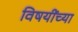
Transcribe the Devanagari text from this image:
विषयींच्या